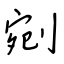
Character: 剜